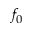
f _ { 0 }